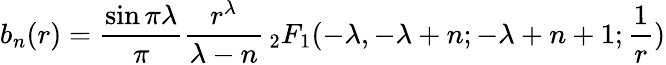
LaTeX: b_{n}(r)=\frac{\sin\pi\lambda}{\pi}\frac{r^{\lambda}}{\lambda-n}\, _{2}F_{1}(-\lambda,-\lambda+n;-\lambda+n+1;\frac 1r)